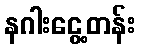
နဂါးငွေ့တန်း